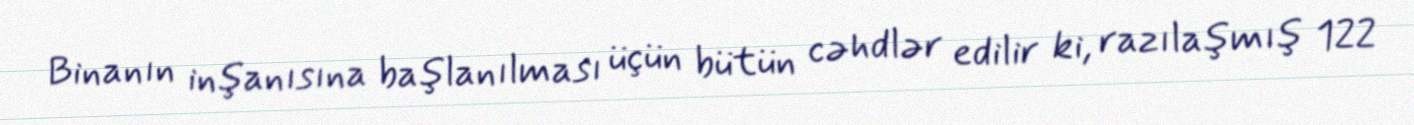
Binanın inşanısına başlanılması üçün bütün cəhdlər edilir ki, razılaşmış 122